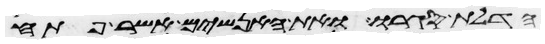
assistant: הדלת סגרו ואת האנשים אשר פתח